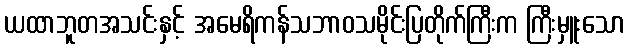
ယထာဘူတအသင်းနှင့် အမေရိကန်သဘာဝသမိုင်းပြတိုက်ကြီးက ကြီးမှူးသော